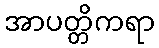
အာပတ္တိကရာ